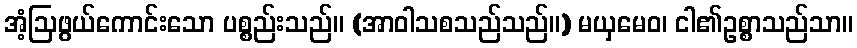
အံ့ဩဖွယ်ကောင်းသော ပစ္စည်းသည်။ (အာဝါသစသည်သည်။) မယှမေဝ၊ ငါ၏ဥစ္စာသည်သာ။